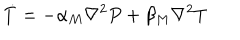
\dot { T } = - \alpha _ { M } \nabla ^ { 2 } P + \beta _ { M } \nabla ^ { 2 } T